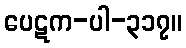
ပေဋက-ပါ-၃၁၇။